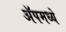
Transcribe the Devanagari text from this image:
ॲपमध्ये